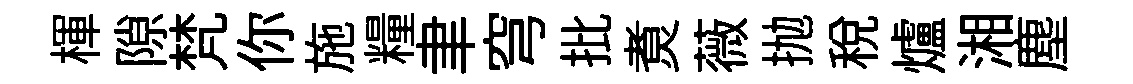
楎隙梵你施糧聿穹批煑薇抛税爐湘塵